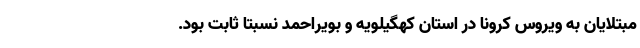
مبتلایان به ویروس کرونا در استان کهگیلویه و بویراحمد نسبتا ثابت بود.